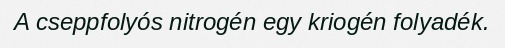
A cseppfolyós nitrogén egy kriogén folyadék.